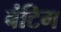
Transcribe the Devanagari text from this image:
बंटिग